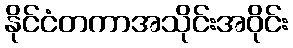
နိုင်ငံတကာအသိုင်းအဝိုင်း